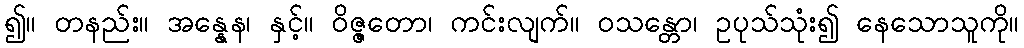
၍။ တနည်း။ အန္နေန၊ နှင့်။ ဝိဇ္ဇတော၊ ကင်းလျက်။ ဝသန္တော၊ ဥပုသ်သုံး၍ နေသောသူကို။